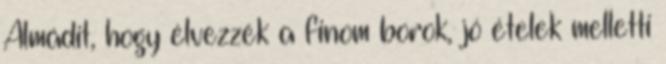
Almádit, hogy élvezzék a finom borok, jó ételek melletti